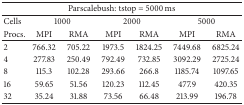
| <COLSPAN=7> Parscalebush: tstop = 5000 ms |
 | --- | --- | --- | --- | --- | --- | --- |
 | Cells | <COLSPAN=2> 1000 | <COLSPAN=2> 2000 | <COLSPAN=2> 5000 |
 | Procs. | MPI | RMA | MPI | RMA | MPI | RMA |
 | 2 | 766.32 | 705.22 | 1973.5 | 1824.25 | 7449.68 | 6825.24 |
 | 4 | 277.83 | 250.49 | 792.49 | 732.85 | 3092.29 | 2725.24 |
 | 8 | 115.3 | 102.28 | 293.66 | 266.8 | 1185.74 | 1097.65 |
 | 16 | 59.65 | 51.56 | 120.23 | 112.45 | 477.9 | 420.35 |
 | 32 | 35.24 | 31.88 | 73.56 | 66.48 | 213.99 | 196.78 |